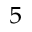
^ 5